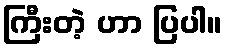
ကြီးတဲ့ ဟာ ပြပါ။